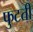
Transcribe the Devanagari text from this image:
फुटती